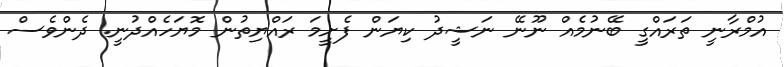
އުމްރާނީ ތަރައްގީ ބޭނުމެއް ނޫނޭ ނަޝީދު ކިޔަން ފެށީމަ ރައްޔިތުން މޮޔަހެއްދުނީ. ދެންވެސް